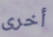
أخرى